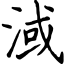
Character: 淢